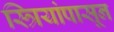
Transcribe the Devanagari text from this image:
स्त्रियांपासून